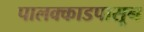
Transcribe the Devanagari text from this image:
पालक्काडपासून